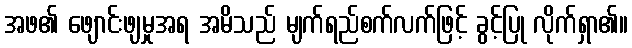
အဖ၏ ဖျောင်းဖျမှုအရ အမိသည် မျက်ရည်စက်လက်ဖြင့် ခွင့်ပြု လိုက်ရှာ၏။